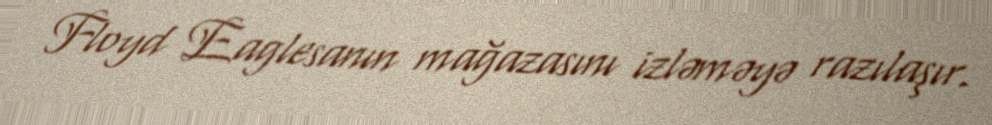
Floyd Eaglesanın mağazasını izləməyə razılaşır.